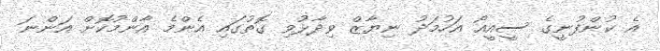
އެ ކުންފުނީގެ ސީއީއޯ އަހުމަދު ނިޔާޒް ވިދާޅުވި ގޮތުގައި އެންމެ އާންމުކޮށް އަންނަ